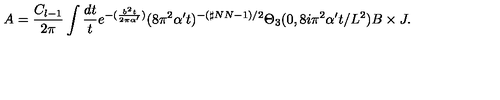
A = \frac { C _ { l - 1 } } { 2 \pi } \int \frac { d t } { t } e ^ { - ( \frac { b ^ { 2 } t } { 2 \pi \alpha ^ { \prime } } ) } ( 8 \pi ^ { 2 } \alpha ^ { \prime } t ) ^ { - ( \sharp N N - 1 ) / 2 } \Theta _ { 3 } ( 0 , 8 i \pi ^ { 2 } \alpha ^ { \prime } t / L ^ { 2 } ) B \times J .